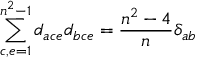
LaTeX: \sum _ { c , e = 1 } ^ { n ^ { 2 } - 1 } d _ { a c e } d _ { b c e } = { \frac { n ^ { 2 } - 4 } { n } } \delta _ { a b }